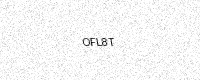
Text: OFL8T